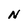
Character: N